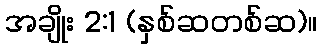
အချိုး 2:1 (နှစ်ဆတစ်ဆ)။